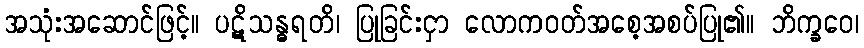
အသုံးအဆောင်ဖြင့်။ ပဋိသန္ဓရတိ၊ ပြုခြင်းငှာ လောကဝတ်အစေ့အစပ်ပြု၏။ ဘိက္ခဝေ၊